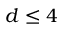
d \leq 4